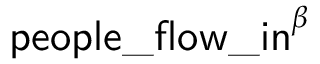
\mathsf { p e o p l e \_ f l o w \_ i n } ^ { \beta }